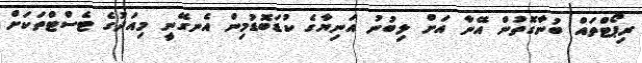
ރިޕޯޓްތައް ބުނާގޮތުން އޭނާ އަށް ލިބުނު އަނިޔާގެ ކުޑަބޮޑުމިން އެނގޭނީ މިއަދުގެ ޓެސްޓްތަކަށް